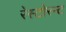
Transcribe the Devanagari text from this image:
रेस्टोरन्ट